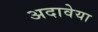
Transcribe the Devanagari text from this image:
अदावेया